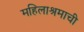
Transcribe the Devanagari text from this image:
महिलाश्रमाची